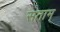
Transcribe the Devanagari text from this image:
सताम्